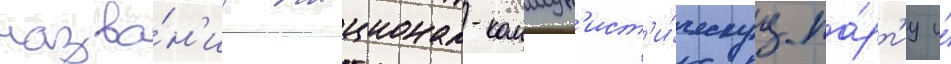
назва́н'иа национал-коммун'ист'и́ческуу па́рт'иу и́